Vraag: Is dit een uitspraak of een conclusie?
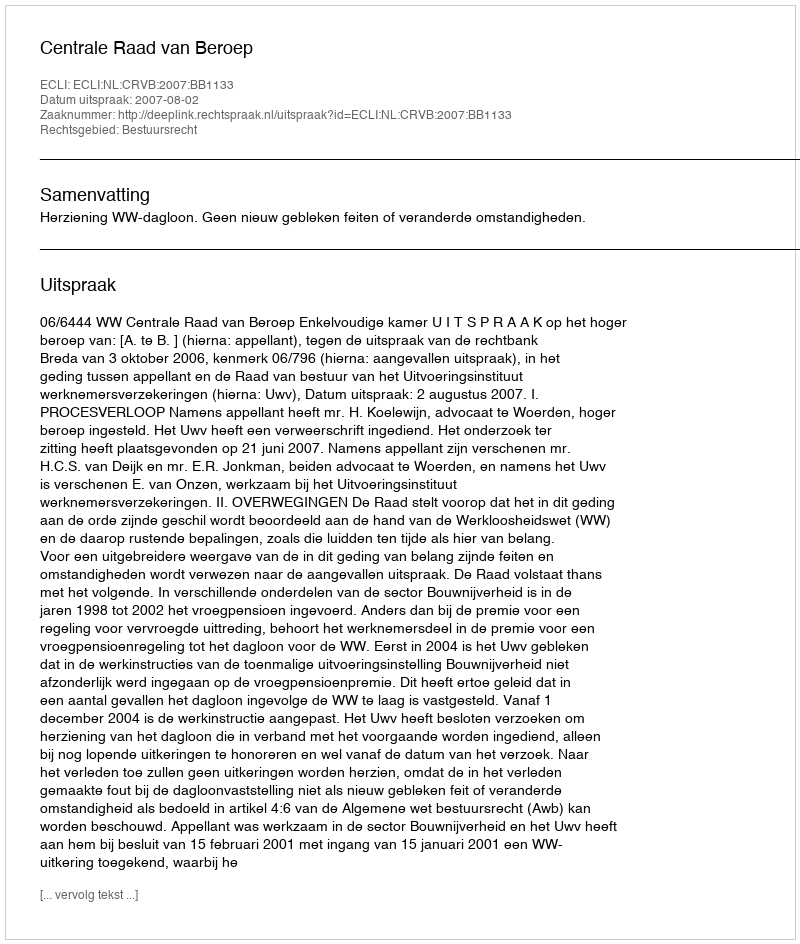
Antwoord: Uitspraak